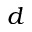
d